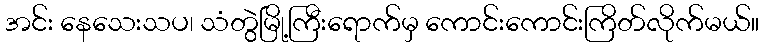
အင်း နေသေးသပ၊ သံတွဲမြို့ကြီးရောက်မှ ကောင်းကောင်းကြိတ်လိုက်မယ်။